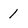
Character: 1